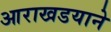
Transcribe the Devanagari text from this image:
आराखडयाने